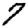
Digit: 7